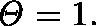
\mathit { \Theta } = 1 .